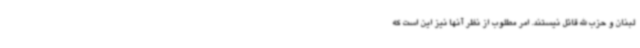
لبنان و حزب الله قائل نیستند. امر مطلوب از نظر آنها نیز این است که